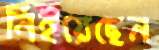
নিইয়েছেন